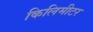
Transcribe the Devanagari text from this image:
किलिमीटर